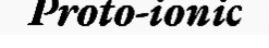
Proto-ionic